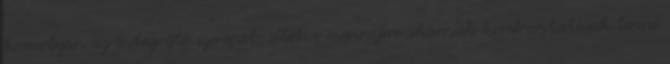
komolyan az integráló szerepet, illetve mennyire akarnak konfrontatívak lenni